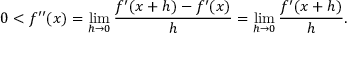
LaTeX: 0 < f ^ { \prime \prime } ( x ) = \operatorname* { l i m } _ { h \to 0 } { \frac { f ^ { \prime } ( x + h ) - f ^ { \prime } ( x ) } { h } } = \operatorname* { l i m } _ { h \to 0 } { \frac { f ^ { \prime } ( x + h ) } { h } } .